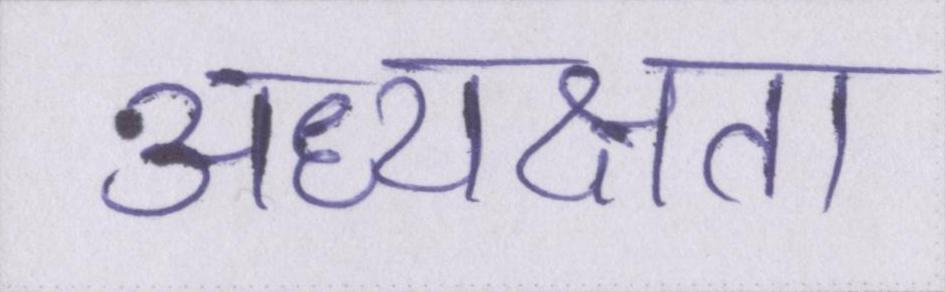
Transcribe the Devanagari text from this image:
अध्यक्षता